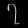
Digit: ၇